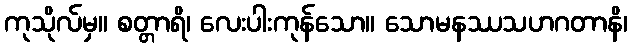
ကုသိုလ်မှ။ စတ္တာရိ၊ လေးပါးကုန်သော။ သောမနဿသဟဂတာနိ၊